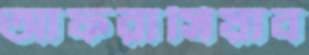
আফরাসিয়াব